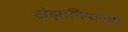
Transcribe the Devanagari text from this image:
टांझानियाकडे